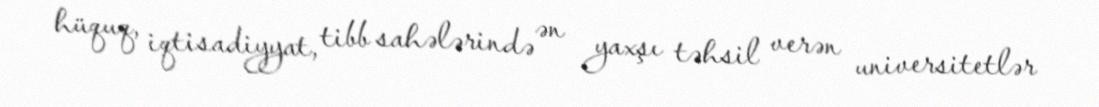
hüquq, iqtisadiyyat, tibb sahələrində ən yaxşı təhsil verən universitetlər